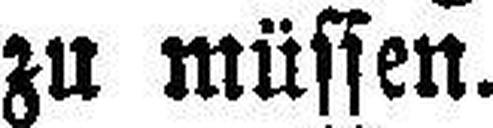
zu müssen.